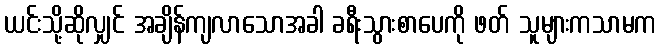
ယင်းသို့ဆိုလျှင် အချိန်ကျလာသောအခါ ခရီးသွားစာပေကို ဖတ် သူများကသာမက